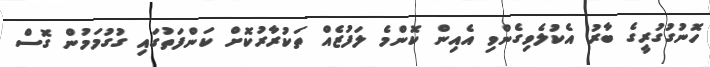
ހޮނުގުގުރީގެ ބާރު އެކުލެވިގެންވި އެއިން ކޮންމެ ލަފުޒެއް ތަކުރާރުކޮށް ކަންފަތުގައި ގުގުމަމުން ގޮސް